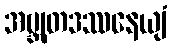
အဗ္ဘုတဒဿနေယျံ